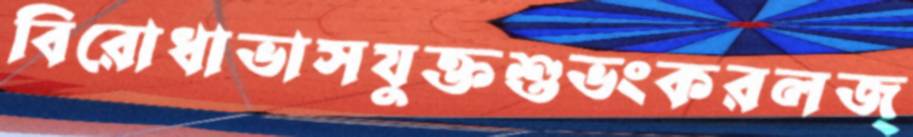
বিরোধাভাসযুক্তশুভংকরলজ্